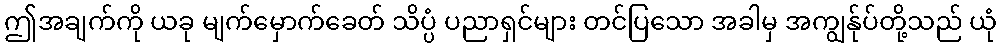
ဤအချက်ကို ယခု မျက်မှောက်ခေတ် သိပ္ပံ ပညာရှင်များ တင်ပြသော အခါမှ အကျွန်ုပ်တို့သည် ယုံ